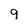
Character: 9